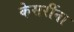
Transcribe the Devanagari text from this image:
केसरींना